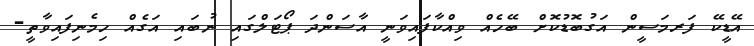
އޭޑީކޭ ފަރމަސީން އަގުބޮޑުކޮށް ބޭހެއް ވިއްކާފައިވަނީ އާސަންދަ ޕޯޓަލްގައި ނުބައި އަގެއް ހިމެނިފައިވާތީ-